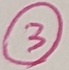
Text: 3